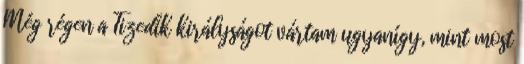
Még régen a Tizedik királyságot vártam ugyanígy, mint most